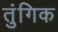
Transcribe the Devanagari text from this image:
तुंगिक